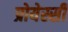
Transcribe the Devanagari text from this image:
प्रोयेस्सी